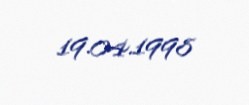
19.04.1998